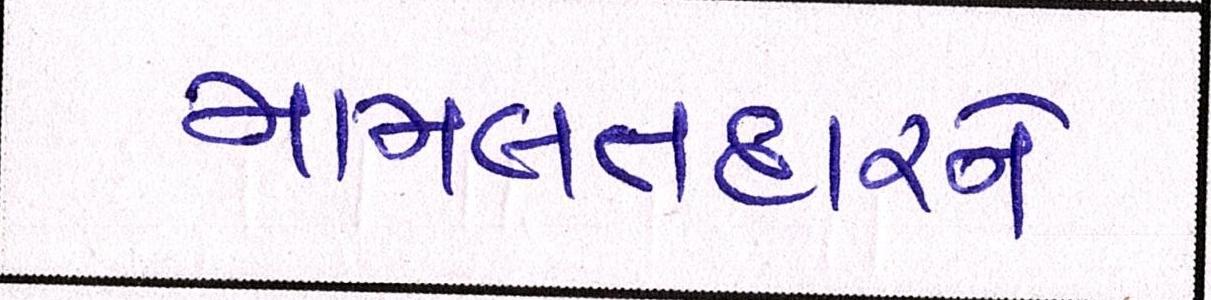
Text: મામલતદારને